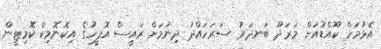
އެޅުމަށް ކޫއްޑުއަށް މަރަދޫ ބަނދަރު ސަރަހައްދު ދިނުމަށް ރައީސް އޮފީހުގެ އިކޮނޮމިކް ކޮމިޓީން